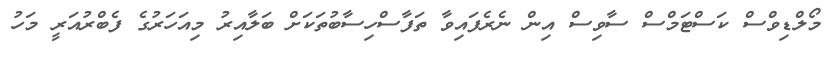
މޯލްޑިވްސް ކަސްޓަމްސް ސާވިސް އިން ނެރެފައިވާ ތަފާސްހިސާބުތަކަށް ބަލާއިރު މިއަހަރުގެ ފެބްރުއަރީ މަހު